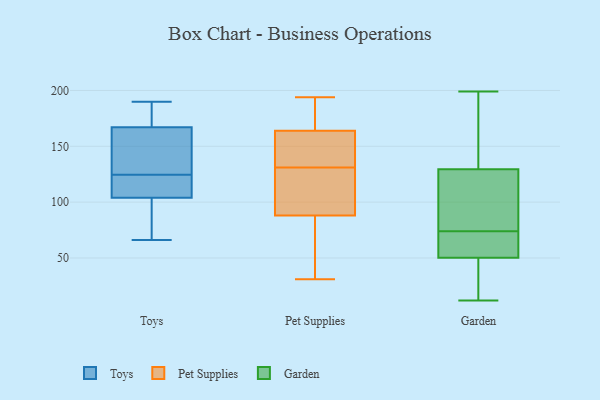
{"axis": {"x": "Inventory Turnover", "y": "Value"}, "legend": ["Garden", "Pet Supplies", "Toys"], "data": [{"x": "", "y": 69, "type": "Toys"}, {"x": "", "y": 167, "type": "Toys"}, {"x": "", "y": 127, "type": "Toys"}, {"x": "", "y": 157, "type": "Toys"}, {"x": "", "y": 190, "type": "Toys"}, {"x": "", "y": 66, "type": "Toys"}, {"x": "", "y": 176, "type": "Toys"}, {"x": "", "y": 104, "type": "Toys"}, {"x": "", "y": 104, "type": "Toys"}, {"x": "", "y": 80, "type": "Toys"}, {"x": "", "y": 122, "type": "Toys"}, {"x": "", "y": 165, "type": "Toys"}, {"x": "", "y": 178, "type": "Toys"}, {"x": "", "y": 119, "type": "Toys"}, {"x": "", "y": 125, "type": "Pet Supplies"}, {"x": "", "y": 194, "type": "Pet Supplies"}, {"x": "", "y": 87, "type": "Pet Supplies"}, {"x": "", "y": 89, "type": "Pet Supplies"}, {"x": "", "y": 164, "type": "Pet Supplies"}, {"x": "", "y": 180, "type": "Pet Supplies"}, {"x": "", "y": 164, "type": "Pet Supplies"}, {"x": "", "y": 127, "type": "Pet Supplies"}, {"x": "", "y": 48, "type": "Pet Supplies"}, {"x": "", "y": 153, "type": "Pet Supplies"}, {"x": "", "y": 135, "type": "Pet Supplies"}, {"x": "", "y": 31, "type": "Pet Supplies"}, {"x": "", "y": 68, "type": "Garden"}, {"x": "", "y": 47, "type": "Garden"}, {"x": "", "y": 68, "type": "Garden"}, {"x": "", "y": 199, "type": "Garden"}, {"x": "", "y": 82, "type": "Garden"}, {"x": "", "y": 194, "type": "Garden"}, {"x": "", "y": 123, "type": "Garden"}, {"x": "", "y": 48, "type": "Garden"}, {"x": "", "y": 199, "type": "Garden"}, {"x": "", "y": 74, "type": "Garden"}, {"x": "", "y": 68, "type": "Garden"}, {"x": "", "y": 13, "type": "Garden"}, {"x": "", "y": 125, "type": "Garden"}, {"x": "", "y": 51, "type": "Garden"}, {"x": "", "y": 143, "type": "Garden"}, {"x": "", "y": 117, "type": "Garden"}, {"x": "", "y": 12, "type": "Garden"}]}